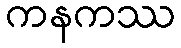
ကနကဿ